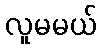
လူမမယ်